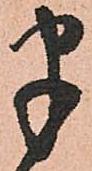
半